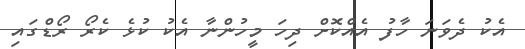
އެކު ދެވަނަ ހާފު އެއްކޮށް ދިހަ މީހުންނާ އެކު ކުޅެ ކެރޯ ރޯޑްގައި